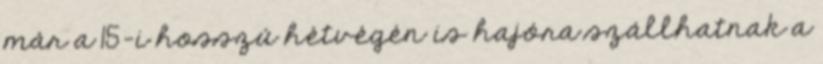
már a 15-i hosszú hétvégén is hajóra szállhatnak a